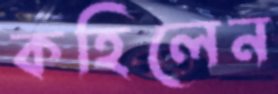
কহিলেন